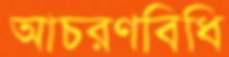
আচরণবিধি